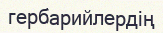
гербарийлердің